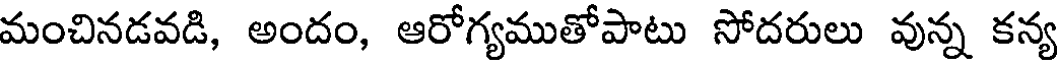
మంచినడవడి, అందం, ఆరోగ్యముతోపాటు సోదరులు వున్న కన్య